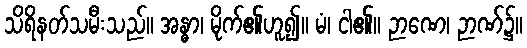
သိရိနတ်သမီးသည်။ အန္ဓာ၊ မိုက်၏ဟူ၍။ မံ၊ ငါ၏။ ဉာဏေ၊ ဉာဏ်၌။